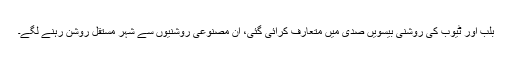
بلب اور ٹیوب کی روشنی بیسویں صدی میں متعارف کرائی گئی، ان مصنوعی روشنیوں سے شہر مستقل روشن رہنے لگے۔